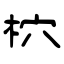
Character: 柼